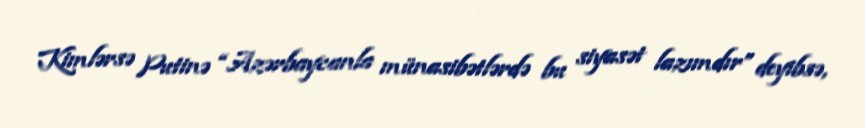
Kimlərsə Putinə “Azərbaycanla münasibətlərdə bu siyasət lazımdır” deyibsə,